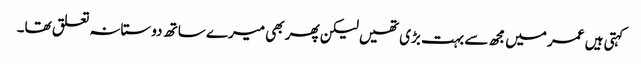
کہتی ہیں عمر میں مجھ سے بہت بڑی تھیں لیکن پھر بھی میرے ساتھ دوستانہ تعلق تھا۔